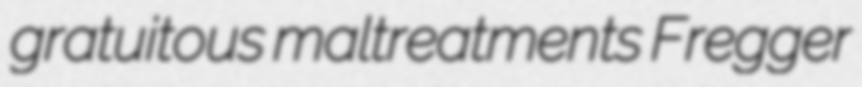
gratuitous maltreatments Fregger